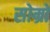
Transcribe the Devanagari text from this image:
सोम्रो